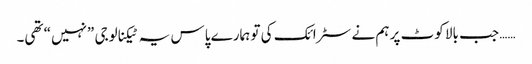
…… جب بالا کوٹ پر ہم نے سٹرائک کی تو ہمارے پاس یہ ٹیکنالوجی ”نہیں“ تھی۔